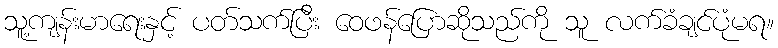
သူ့ကျန်းမာရေးနှင့် ပတ်သက်ပြီး ဝေဖန်ပြောဆိုသည်ကို သူ လက်ခံချင်ပုံမရ။